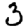
Digit: 3